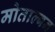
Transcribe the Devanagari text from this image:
मोताल्बन